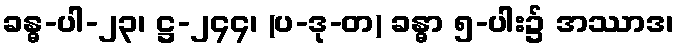
ခန္ဓ-ပါ-၂၃၊ ဋ္ဌ-၂၄၄၊ (ပ-ဒု-တ) ခန္ဓာ ၅-ပါး၌ အဿာဒ၊